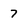
Character: 7